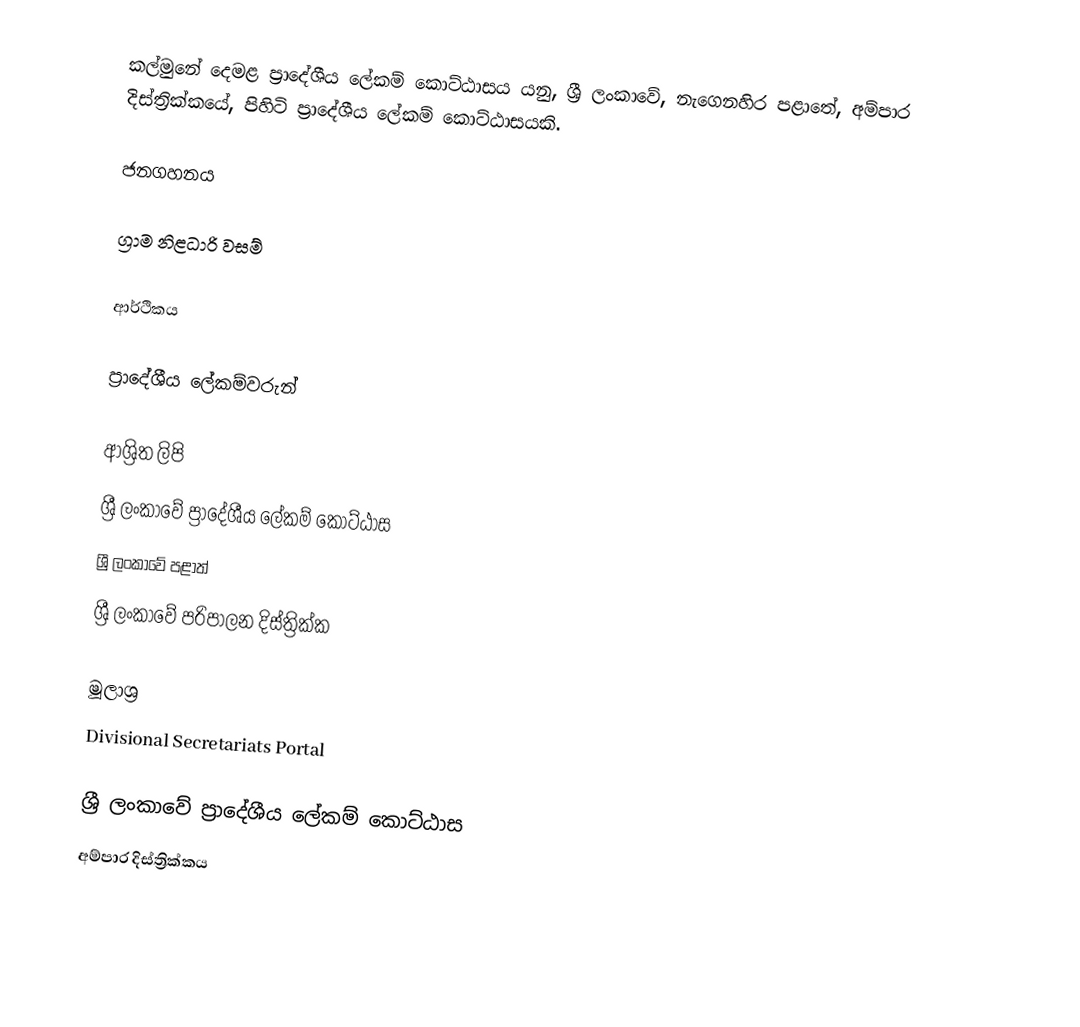
කල්මුනේ දෙමළ ප්‍රාදේශීය ලේකම් කොට්ඨාසය යනු,  ශ්‍රී ලංකාවේ, නැගෙනහිර පළාතේ,   අම්පාර දිස්ත්‍රික්කයේ, පිහිටි ප්‍රාදේශීය ලේකම් කොට්ඨාසයකි.

ජනගහනය

ග්‍රාම නිළධාරි වසම්

ආර්ථිකය

ප්‍රාදේශීය ලේකම්වරුන්

ආශ්‍රිත ලිපි
ශ්‍රී ලංකාවේ ප්‍රාදේශීය ලේකම් කොට්ඨාස
ශ්‍රී ලංකාවේ පළාත්
ශ්‍රී ලංකාවේ පරිපාලන දිස්ත්‍රික්ක

මූලාශ්‍ර
 Divisional Secretariats Portal

ශ්‍රී ලංකාවේ ප්‍රාදේශීය ලේකම් කොට්ඨාස
අම්පාර දිස්ත්‍රික්කය